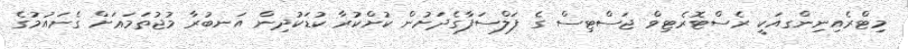
މިޓްރެއިނިންގއަކީ ރެސްޓޮރެޓިވް ޖަސްޓިސް ގެ ފަލްސަފާގެދަށުން ކުށްކުރާ ކުޑަކުދިން އަނބުރާ މުޖުތަމަޢަށް ގެނައުމުގެ